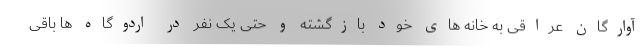
آوارگان عراقی به خانه های خود بازگشته و حتی یک نفر در اردوگاه ها باقی